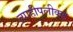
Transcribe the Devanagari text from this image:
त्याहीपलीकडे